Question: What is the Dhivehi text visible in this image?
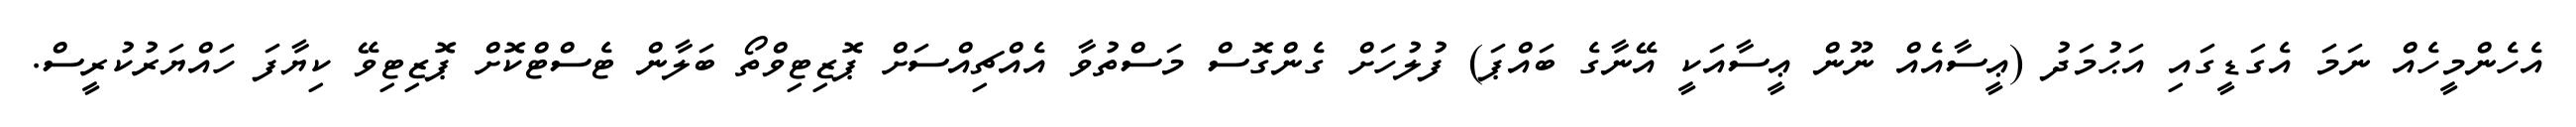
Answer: އެހެންމީހެއް ނަމަ އެގަޑީގައި އަޙުމަދު (ޢީސާއެއް ނޫން ޢީސާއަކީ އޭނާގެ ބައްޕަ) ފުލުހަށް ގެންގޮސް މަސްތުވާ އެއްޗިއްސަށް ޕޮޒިޓިވްތޯ ބަލާން ޓެސްޓްކޮށް ޕޮޒިޓިވޭ ކިޔާފަ ހައްޔަރުކުރީސް.